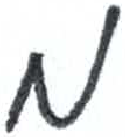
אות: מ